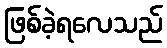
ဖြစ်ခဲ့ရလေသည်